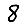
Digit: 8